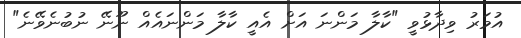
އުމަރު ވިދާޅުވީ "ކާލާ މަންނަ އަށް އެއީ ކާލާ މަންނައެއް ނޫނޭ ނުބުނެވޭނެ"